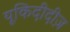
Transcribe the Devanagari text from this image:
यूकिदीदीज़